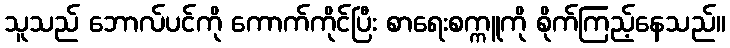
သူသည် ဘောလ်ပင်ကို ကောက်ကိုင်ပြီး စာရေးစက္ကူကို စိုက်ကြည့်နေသည်။